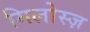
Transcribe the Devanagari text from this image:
मिलोस्ज़